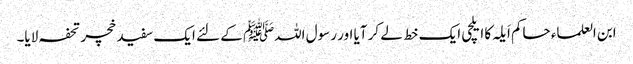
ابن العلماء حاکم اَیلہ کا ایلچی ایک خط لے کر آیا اور رسول اللہﷺ کے لئے ایک سفید خچر تحفہ لایا۔